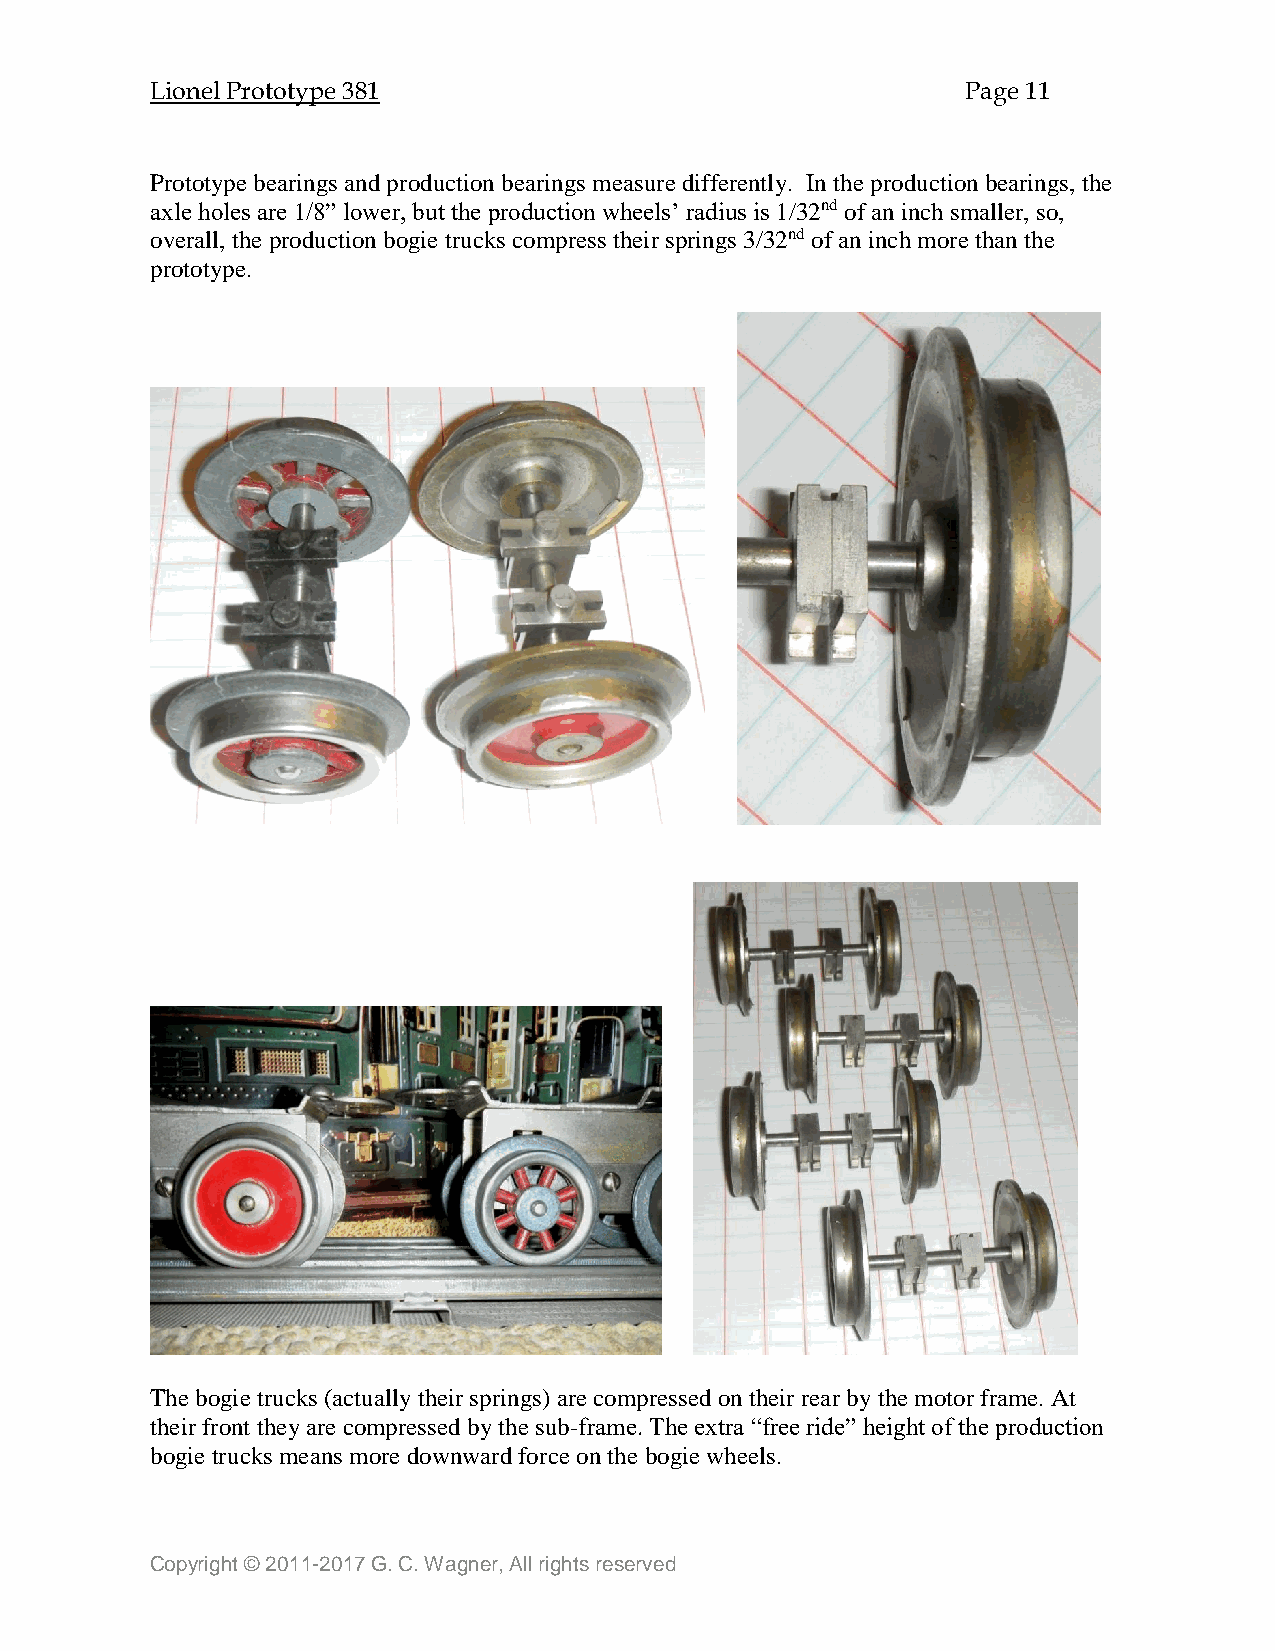
Lionel Prototype 381                                  Page 11
 Prototype bearings and production bearings measure differently. In the production bearings, the
 axle holes are 1/8” lower, but the production wheels’ radius is 1/32nd of an inch smaller, so,
 overall, the production bogie trucks compress their springs 3/32nd of an inch more than the
 prototype.
 The bogie trucks (actually their springs) are compressed on their rear by the motor frame. At
 their front they are compressed by the sub-frame. The extra “free ride” height of the production
 bogie trucks means more downward force on the bogie wheels.
 Copyright © 2011-2017 G. C. Wagner, All rights reserved